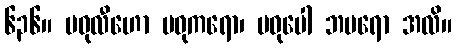
၆၃၆။ မဓုလီဟော မဓုကရော၊ မဓုပေါ ဘမရော အလိ။